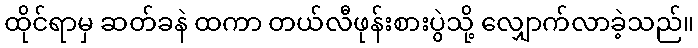
ထိုင်ရာမှ ဆတ်ခနဲ ထကာ တယ်လီဖုန်းစားပွဲသို့ လျှောက်လာခဲ့သည်။